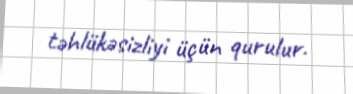
təhlükəsizliyi üçün qurulur.